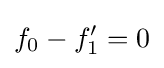
f_{0}-f'_{1}=0